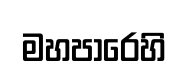
මහපාරෙහි